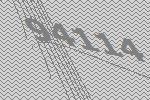
94114